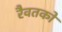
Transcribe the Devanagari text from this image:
रैवतको